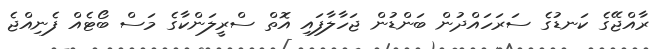
ރާއްޖޭގެ ކަނޑުގެ ސަރަހައްދުން ބަންޑުން ޖަހާލާފައި އޮތް ސްރީލަންކާގެ މަސް ބޯޓެއް ފެނިއްޖެ